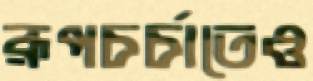
রূপচর্চাতেও